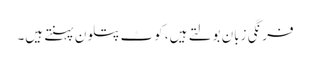
فرنگی زبان بولتے ہیں، کوٹ پتلون پہنتے ہیں۔